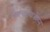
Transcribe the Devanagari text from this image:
पाश्‍चरायजेशन